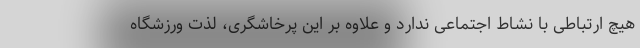
هیچ ارتباطی با نشاط اجتماعی ندارد و علاوه بر این پرخاشگری، لذت ورزشگاه